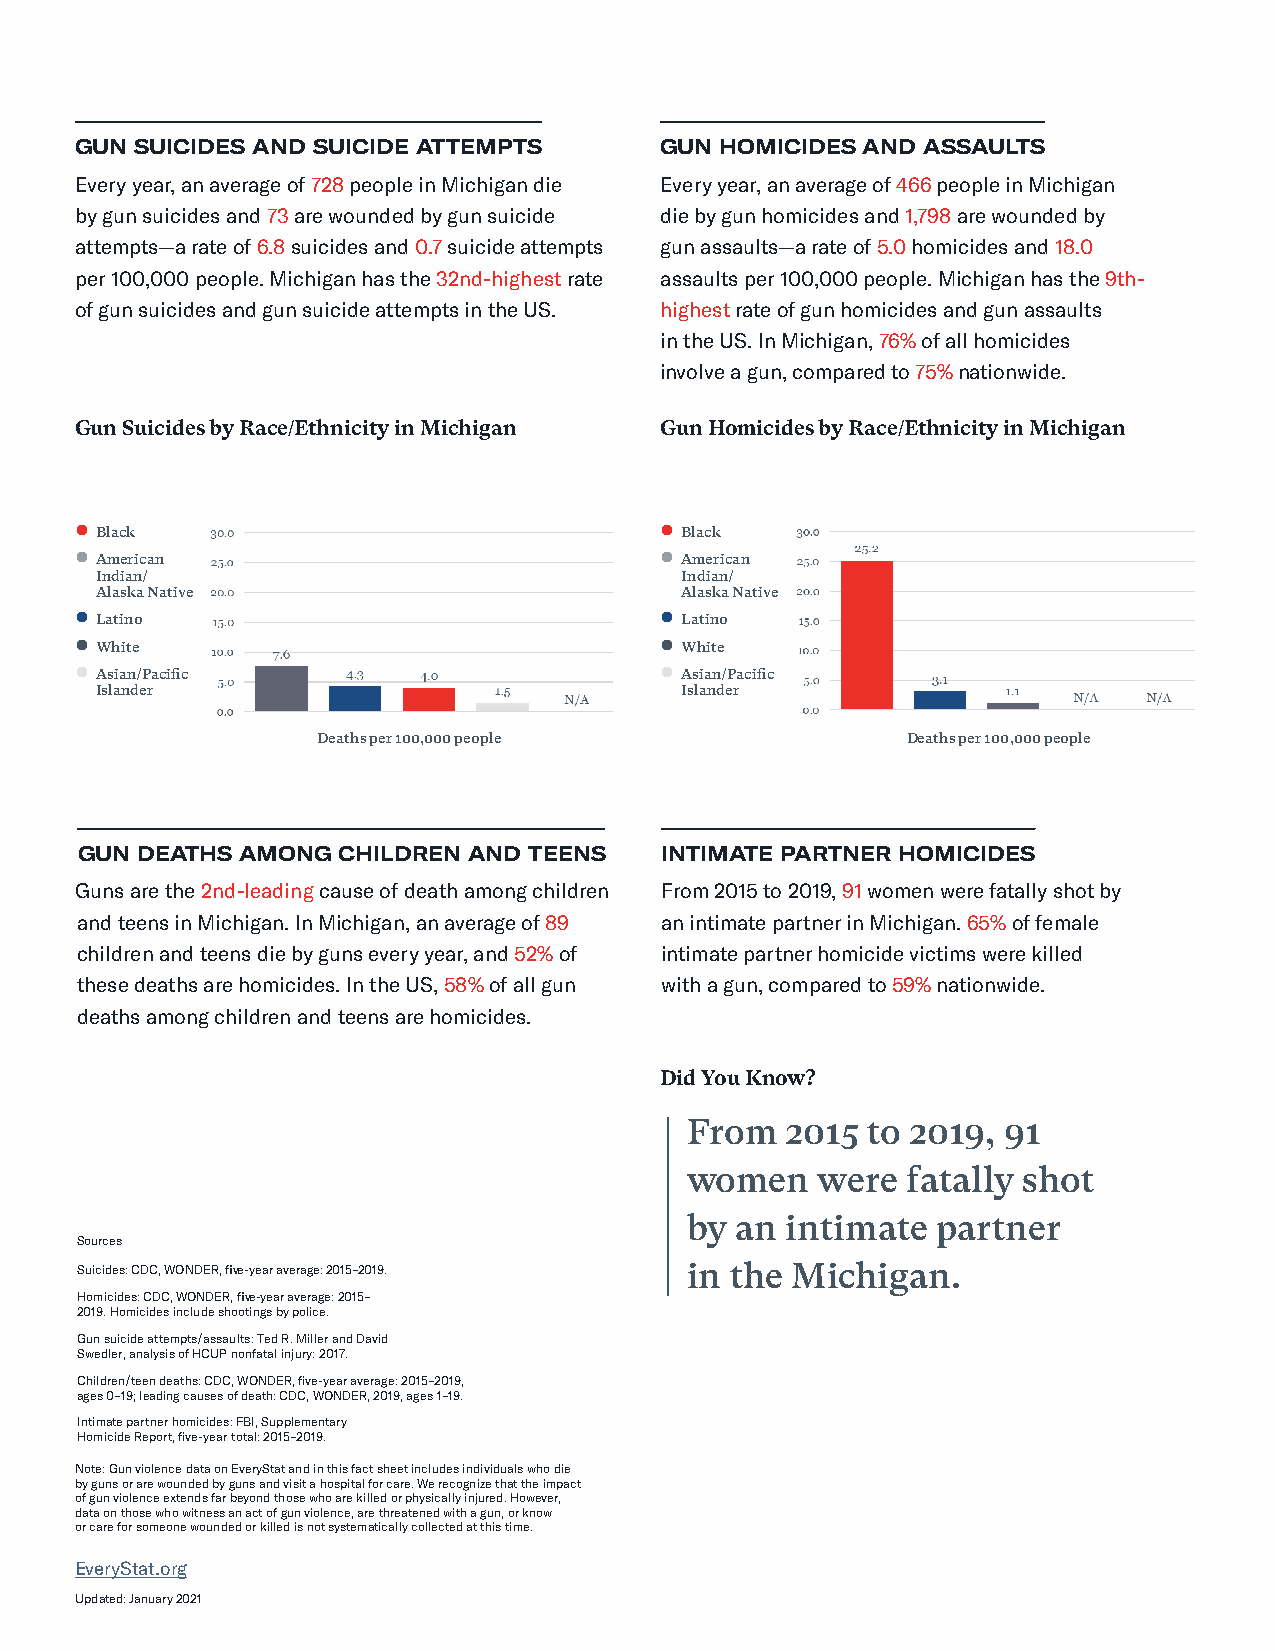
GUN SUICIDES AND SUICIDE ATTEMPTS      GUN HOMICIDES AND ASSAULTS
 Every year, an average of 728 people in Michigan die Every year, an average of 466 people in Michigan
 by gun suicides and 73 are wounded by gun suicide die by gun homicides and 1,798 are wounded by
 attempts—a rate of 6.8 suicides and 0.7 suicide attempts gun assaults—a rate of 5.0 homicides and 18.0
 per 100,000 people. Michigan has the 32nd-highest rate assaults per 100,000 people. Michigan has the 9th-
 of gun suicides and gun suicide attempts in the US. highest rate of gun homicides and gun assaults
 in the US. In Michigan, 76% of all homicides
 involve a gun, compared to 75% nationwide.
 Gun Suicides by Race/Ethnicity in Michigan Gun Homicides by Race/Ethnicity in Michigan
  Black                                 Black
  American                              American
 Indian/                                Indian/
 Alaska Native                          Alaska Native
  Latino                                Latino
  White                                 White
  Asian/Pacific                         Asian/Pacific
 Islander                               Islander
 Deaths per 100,000 people              Deaths per 100,000 people
 GUN DEATHS AMONG CHILDREN AND TEENS    INTIMATE PARTNER HOMICIDES
 Guns are the 2nd-leading cause of death among children From 2015 to 2019, 91 women were fatally shot by
 and teens in Michigan. In Michigan, an average of 89 an intimate partner in Michigan. 65% of female
 children and teens die by guns every year, and 52% of intimate partner homicide victims were killed
 these deaths are homicides. In the US, 58% of all gun with a gun, compared to 59% nationwide.
 deaths among children and teens are homicides.
 Did You Know?
 From   2015 to 2019, 91
 women    were  fatally shot
 by  an intimate  partner
 Sources
 Suicides: CDC, WONDER, five-year average: 2015–2019. in the Michigan.
 Homicides: CDC, WONDER, five-year average: 2015–
 2019. Homicides include shootings by police.
 Gun suicide attempts/assaults: Ted R. Miller and David
 Swedler, analysis of HCUP nonfatal injury: 2017.
 Children/teen deaths: CDC, WONDER, five-year average: 2015–2019,
 ages 0–19; leading causes of death: CDC, WONDER, 2019, ages 1–19.
 Intimate partner homicides: FBI, Supplementary
 Homicide Report, five-year total: 2015–2019.
 Note: Gun violence data on EveryStat and in this fact sheet includes individuals who die
 by guns or are wounded by guns and visit a hospital for care. We recognize that the impact
 of gun violence extends far beyond those who are killed or physically injured. However,
 data on those who witness an act of gun violence, are threatened with a gun, or know
 or care for someone wounded or killed is not systematically collected at this time.
 EveryStat.org
 Updated: January 2021